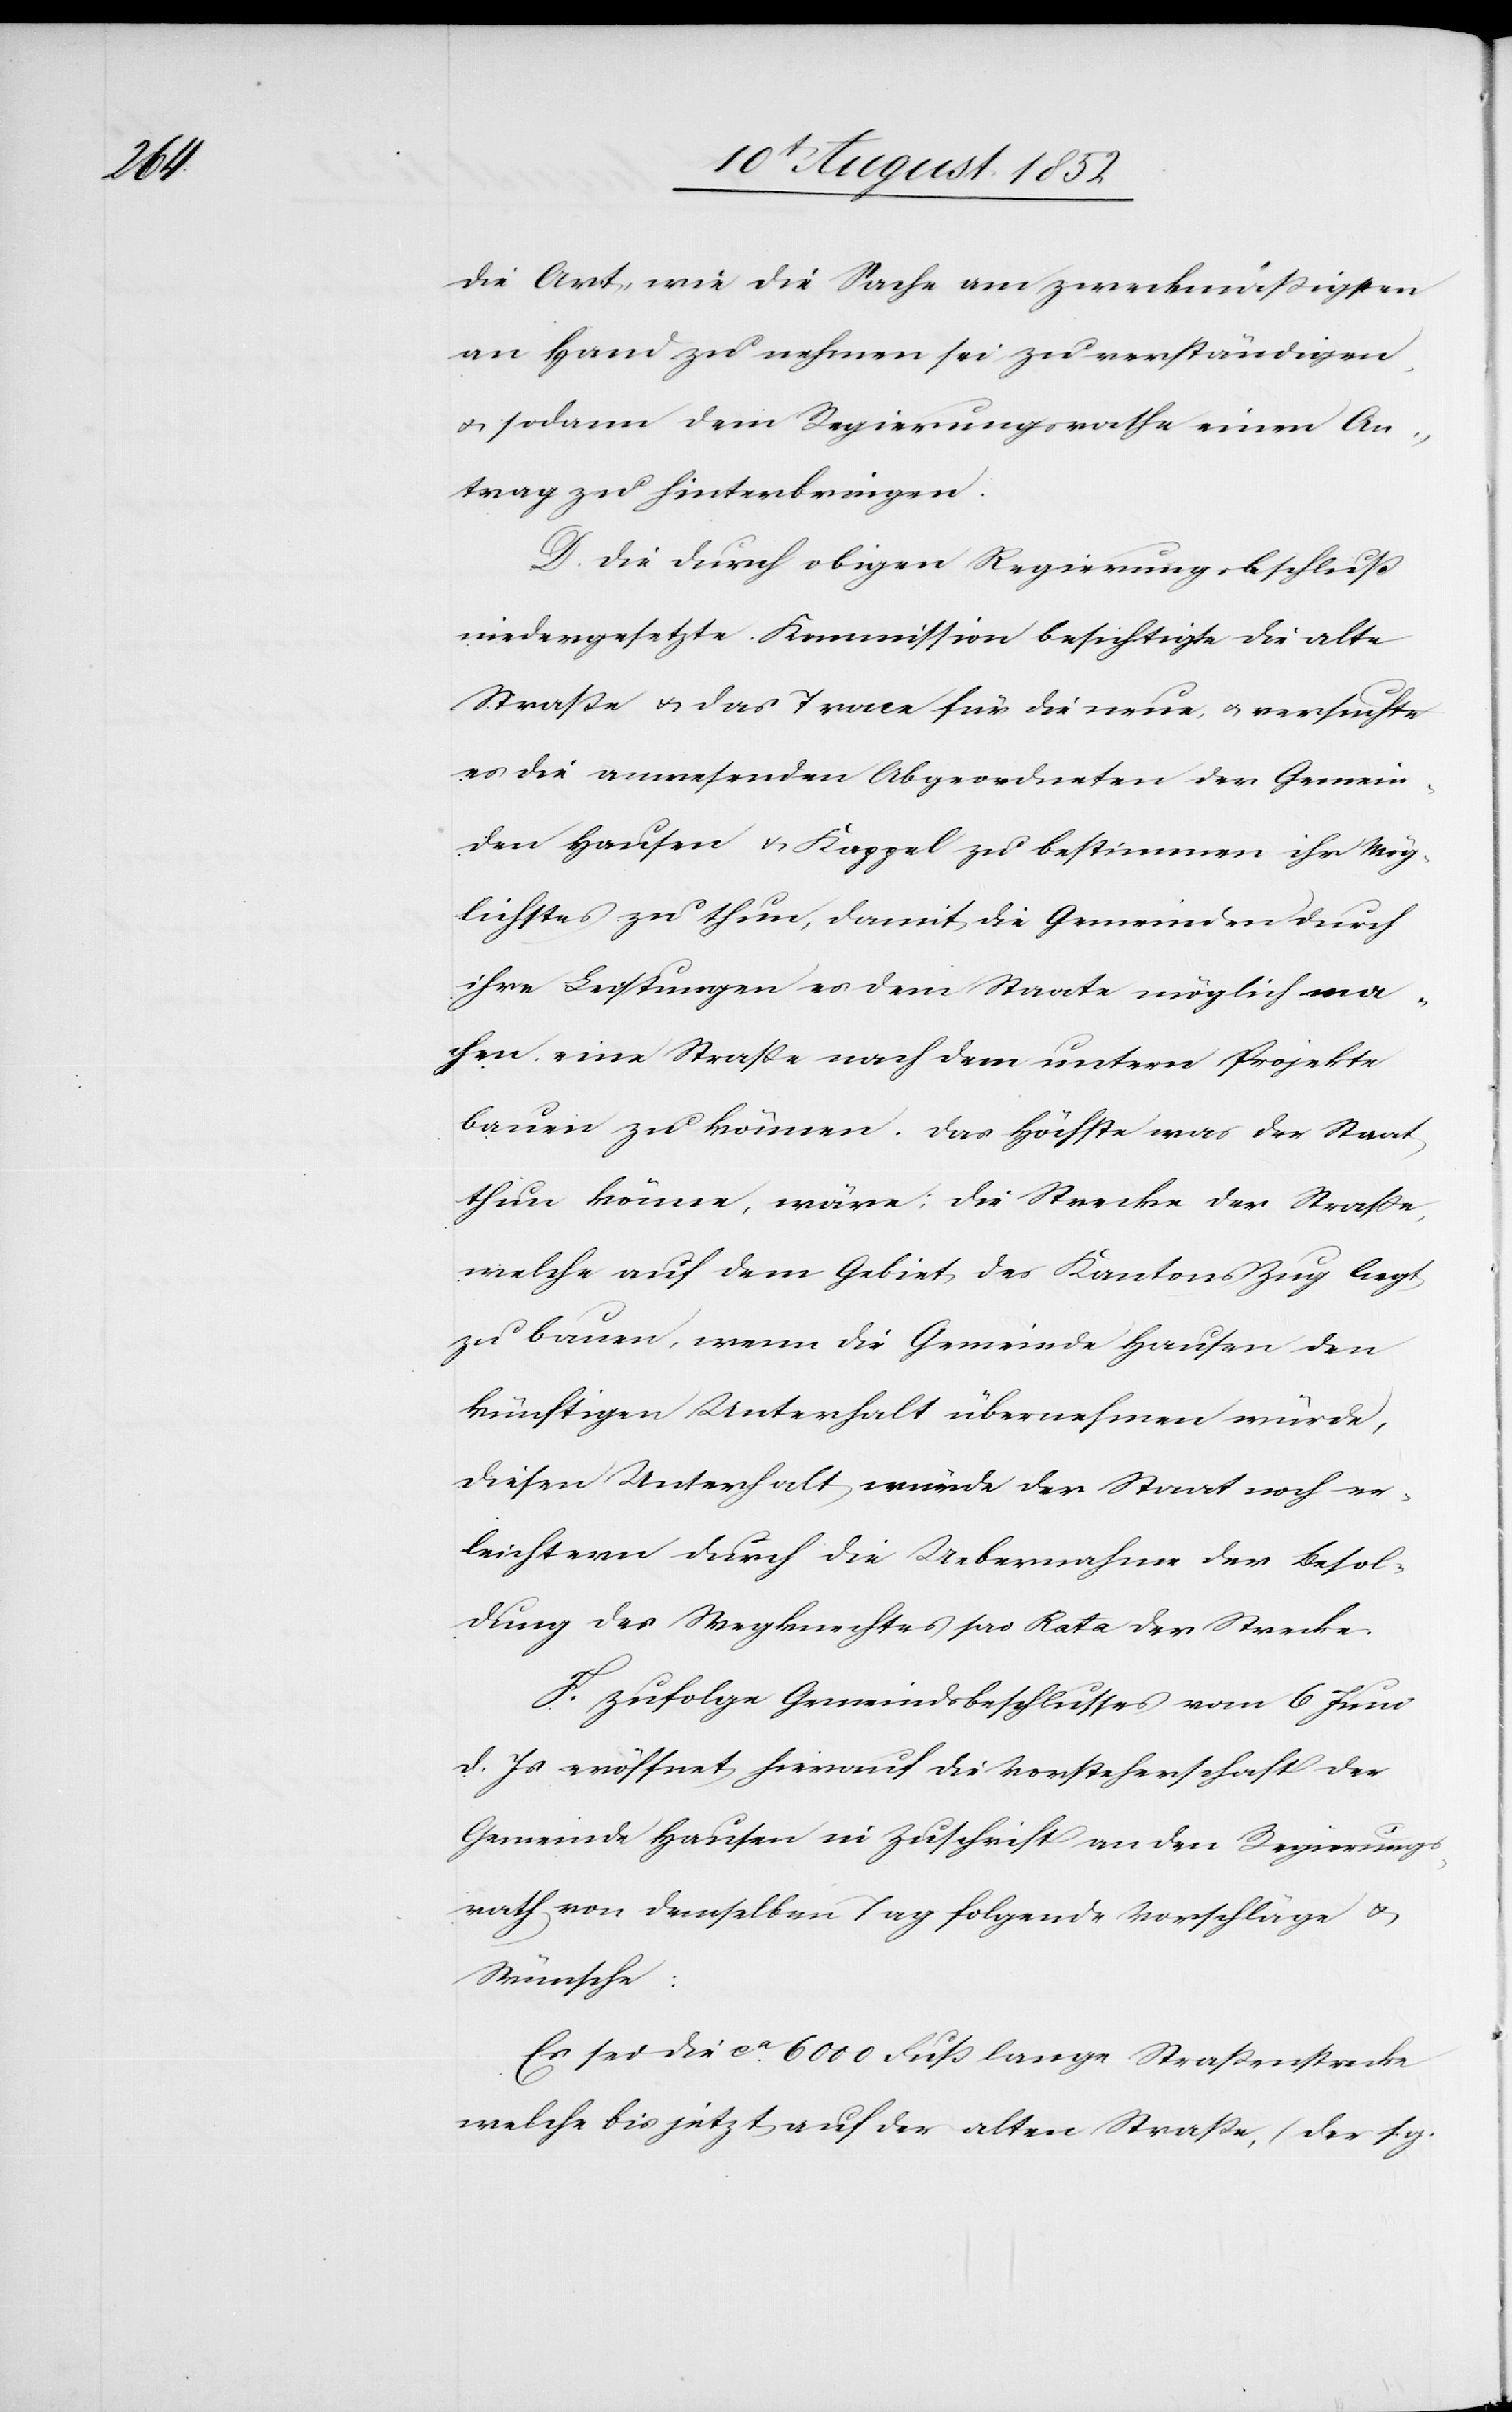
die Art, wie die Sache am zweckmäßigsten
an Hand zu nehmen sei zu verständigen,
& sodann dem Regierungsrathe einen An¬
trag zu hinterbringen.
D. Die durch obigen Regierungsbeschluß
niedergesetzte Kommission besichtigte die alte
Straße & das Trace für die neue, & versuchte
die anwesenden Abgeordneten der Gemein¬
den Hausen & Kappel zu bestimmen ihr Mög¬
lichstes zu thun, damit die Gemeinden durch
ihre Leistungen es dem Staate möglich ma¬
chen eine Straße nach dem untern Projekte
bauen zu können. Das höchste was der Staat
thun könne, wäre: die Strecke der Straße,
welche auf dem Gebiet des Kantons Zug liegt
zu bauen, wenn die Gemeinde Hausen den
künftigen Unterhalt übernehmen würde,
diesen Unterhalt würde der Staat noch er¬
leichtern durch die Uebernahme der Besol¬
dung des Wegknechtes pro Rata der Strecke.
E.] Zufolge Gemeindsbeschlusses vom 6 Juni
d. Js eröffnet hierauf die Vorsteherschaft der
Gemeinde Hausen in Zuschrift an den Regierungs¬
rath von demselben Tag folgende Vorschläge &
Wünsche:
Es sei die ca. 6000 Fuß lange Straßenstrecke
welche bis jetzt auf der alten Straße, (der s. g.